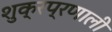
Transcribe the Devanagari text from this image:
शुक्रप्रणाली